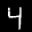
Label: 4